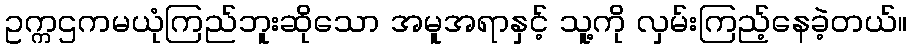
ဥက္ကဌကမယုံကြည်ဘူးဆိုသော အမူအရာနှင့် သူ့ကို လှမ်းကြည့်နေခဲ့တယ်။